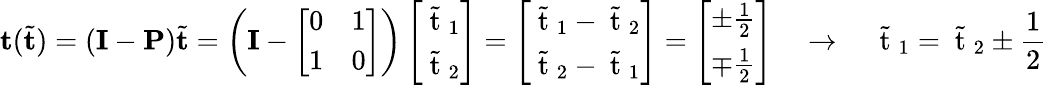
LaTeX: \mathbf{t}(\tilde{\mathbf{t}})=(\mathbf{I}-\mathbf{P})\tilde{\mathbf{t}}=\left(\mathbf{I}-\left[\begin{array}{ll}{0}&{1}\\ {1}&{0}\end{array}\right]\right)\left[\begin{array}{l}{\tilde{\mathrm{~t~}}_{1}}\\ {\tilde{\mathrm{~t~}}_{2}}\end{array}\right]=\left[\begin{array}{l}{\tilde{\mathrm{~t~}}_{1}-\tilde{\mathrm{~t~}}_{2}}\\ {\tilde{\mathrm{~t~}}_{2}-\tilde{\mathrm{~t~}}_{1}}\end{array}\right]=\left[\begin{array}{l}{\pm\frac{1}{2}}\\ {\mp\frac{1}{2}}\end{array}\right]\quad\rightarrow\quad\tilde{\mathrm{~t~}}_{1}=\tilde{\mathrm{~t~}}_{2}\pm\frac{1}{2}